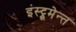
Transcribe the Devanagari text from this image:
इंस्ट्रूमेन्त